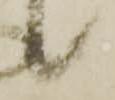
候